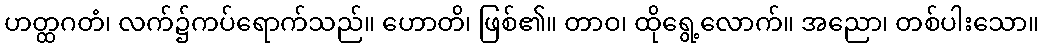
ဟတ္ထဂတံ၊ လက်၌ကပ်ရောက်သည်။ ဟောတိ၊ ဖြစ်၏။ တာဝ၊ ထိုရွေ့လောက်။ အညော၊ တစ်ပါးသော။